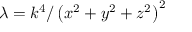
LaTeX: \lambda = k ^ { 4 } / \left( x ^ { 2 } + y ^ { 2 } + z ^ { 2 } \right) ^ { 2 }